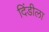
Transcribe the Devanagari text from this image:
दिंडीला